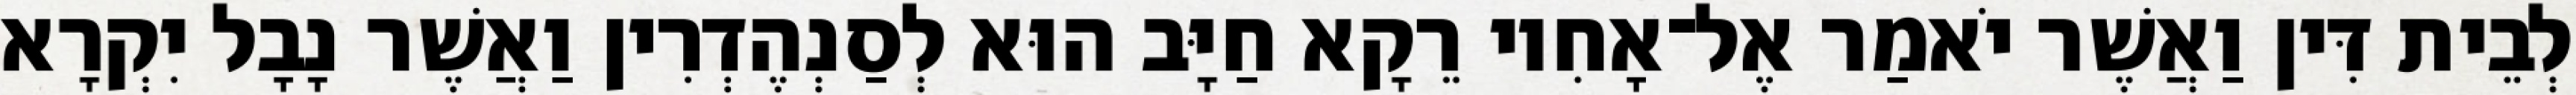
לְבֵית דִּין וַאֲשֶׁר יֹאמַר אֶל־אָחִיו רֵקָא חַיָּב הוּא לְסַנְהֶדְרִין וַאֲשֶׁר נָבָל יִקְרָא